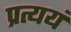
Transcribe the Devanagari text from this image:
प्रत्ययं